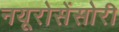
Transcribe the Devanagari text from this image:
नयूरोसेंसोरी